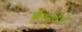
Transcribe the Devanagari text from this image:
ब्रैस्टेड